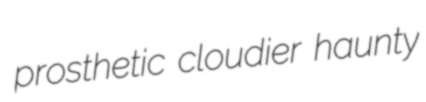
prosthetic cloudier haunty